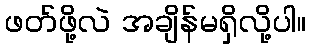
ဖတ်ဖို့လဲ အချိန်မရှိလို့ပါ။